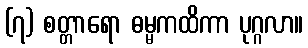
(၇) စတ္တာရော ဓမ္မကထိကာ ပုဂ္ဂလာ။